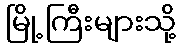
မြို့ကြီးများသို့